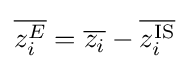
{\overline {z_{i}^{E}}}={\overline {z_{i}}}-{\overline {z_{i}^{\text{IS}}}}